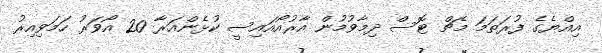
އިއްޔެގެ ފުރަތަމަ މެޗް ޓޮސް ދިމާވުމުން އާރުއޯއައިސީ ކުޅެންއަރާ 20 އޯވަރު ހަމަވިއިރު